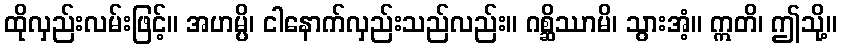
ထိုလှည်းလမ်းဖြင့်။ အဟမ္ပိ၊ ငါနောက်လှည်းသည်လည်း။ ဂစ္ဆိဿာမိ၊ သွားအံ့။ ဣတိ၊ ဤသို့။